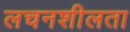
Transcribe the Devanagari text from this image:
लचनशीलता